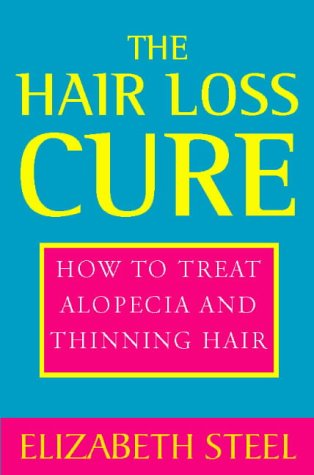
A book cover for The Hair Loss Cure, Revised Edition: How to Treat Alopecia and Thinning Hair; Elizabeth Steel; Health, Fitness & Dieting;